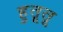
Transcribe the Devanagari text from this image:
हुतूतू